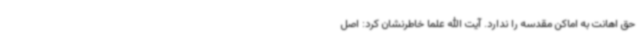
حق اهانت به اماکن مقدسه را ندارد. آیت الله علما خاطرنشان کرد: اصل